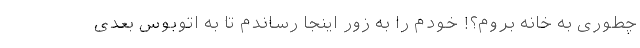
چطوری به خانه بروم؟! خودم را به زور اینجا رساندم تا به اتوبوس بعدی